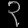
Digit: ၃